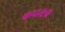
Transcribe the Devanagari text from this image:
कपराडा